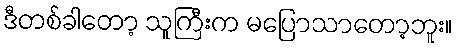
ဒီတစ်ခါတော့ သူကြီးက မပြောသာတော့ဘူး။